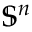
\mathbb { S } ^ { n }